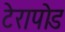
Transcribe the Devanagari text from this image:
टेरापोड